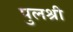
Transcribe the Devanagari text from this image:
पुलश्री